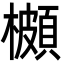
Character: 櫇